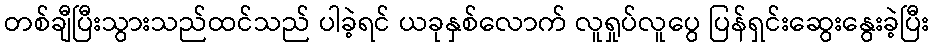
တစ်ချီပြီးသွားသည်ထင်သည် ပါခဲ့ရင် ယခုနှစ်လောက် လူရှုပ်လူပွေ ပြန်ရှင်းဆွေးနွေးခဲ့ပြီး